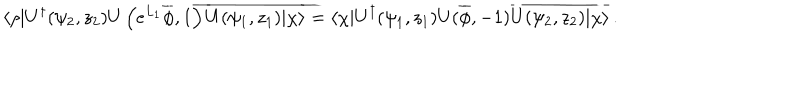
LaTeX: \langle \rho | U ^ { \dagger } ( \psi _ { 2 } , z _ { 2 } ) U \left( e ^ { L _ { 1 } } \overline { { \phi } } , 1 \right) \overline { { { U ( \psi _ { 1 } , z _ { 1 } ) | \chi \rangle } } } = \langle \chi | U ^ { \dagger } ( \psi _ { 1 } , z _ { 1 } ) U ( \overline { { \phi } } , - 1 ) \overline { { { U ( \psi _ { 2 } , z _ { 2 } ) | \chi \rangle } } } \, .